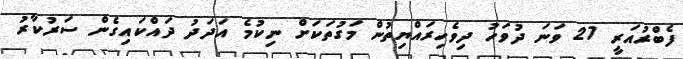
ފެބްރުއަރީ 27 ވަނަ ދުވަހު ދިވެހިރައްޔިތުން މަގުތަކަށް ނިކުމެ އަދަދު ދައްކައިގެން ސަރުކާރު